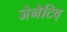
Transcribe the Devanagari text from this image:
जेनेटिव्